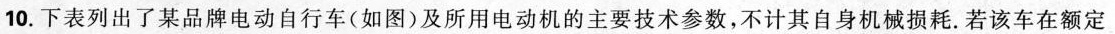
10.下表列出了某品牌电动自行车(如图)及所用电动机的主要技术参数，不计其自身机械损耗。若该车在额定